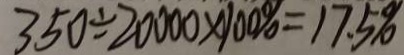
3 5 0 \div 2 0 0 0 0 \times 1 0 0 \% = 1 7 . 5 \%